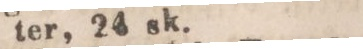
ter, 24 sk.